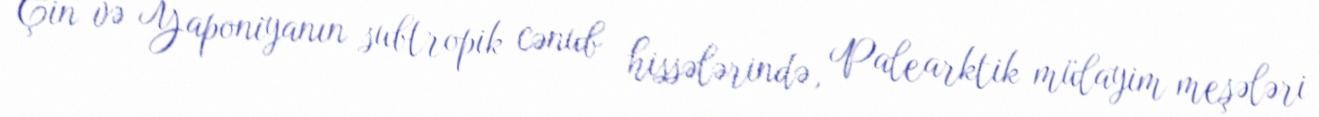
Çin və Yaponiyanın subtropik cənub hissələrində, Palearktik mülayim meşələri